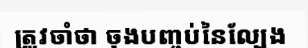
ត្រូវចាំថា ចុងបញ្ចប់នៃល្បែង